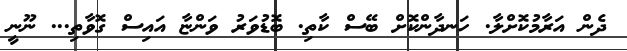
ދެން އަރާމުކޮށްލާ. ހަނދާންކޮށް ބޭސް ކާތި. ބޮޑުވަރު ވަންޏާ އައިސް ގޮވާތި... ނޫނީ